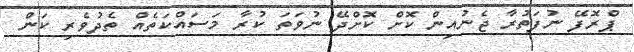
ޕްރޮފޭ ނުފަތުރާ ޖެނުއިން ކޮށް ކޮށްދޭ ނުވަތަ ކުރާ މަސައްކަތެއް ތެދުވެރި ކަން